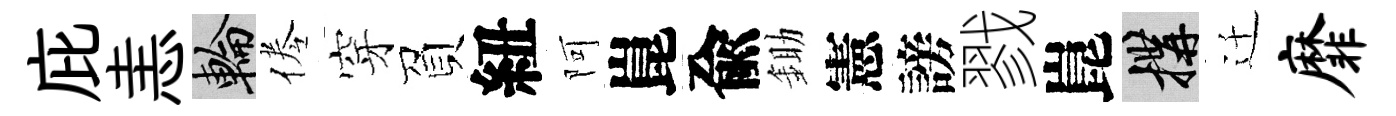
庇恚輪倦穿負紐阿崑兪鋤憲謗戮崑構迁靡